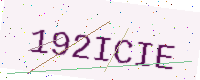
Text: 192ICIE